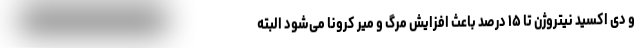
و دی اکسید نیتروژن تا ۱۵ درصد باعث افزایش مرگ و میر کرونا می‌شود البته